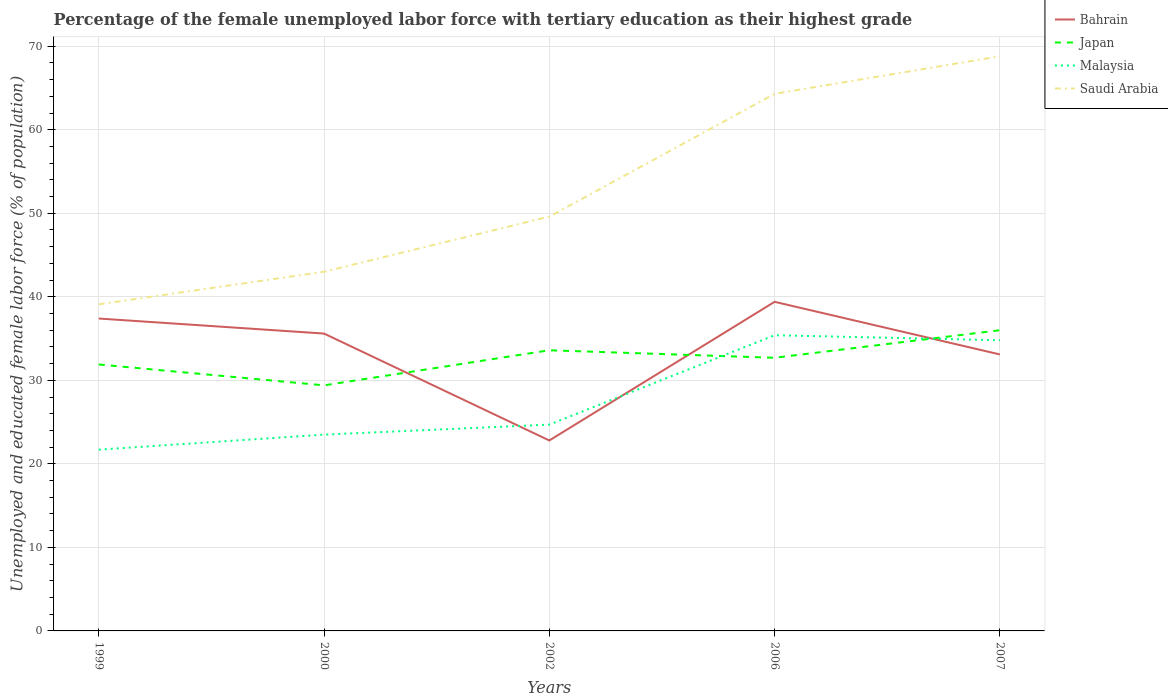
| Years | Bahrain | Japan | Malaysia | Saudi Arabia |
 | --- | --- | --- | --- | --- |
 | 1999 | 37.4 | 31.9 | 21.7 | 39.1 |
 | 2000 | 35.6 | 29.4 | 23.5 | 43 |
 | 2002 | 22.8 | 33.6 | 24.7 | 49.6 |
 | 2006 | 39.4 | 32.7 | 35.4 | 64.3 |
 | 2007 | 33.1 | 36 | 34.8 | 68.8 |